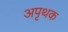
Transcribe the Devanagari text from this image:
अपृथक